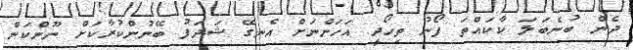
ދެން ބުނެބަލަ ކާކައްތަ ފޯނު ތިހޯދީ އަހަންނަށް އެނގޭ ޝަދަފު ބޭނުންކުރާކަށް ނޫންކަން